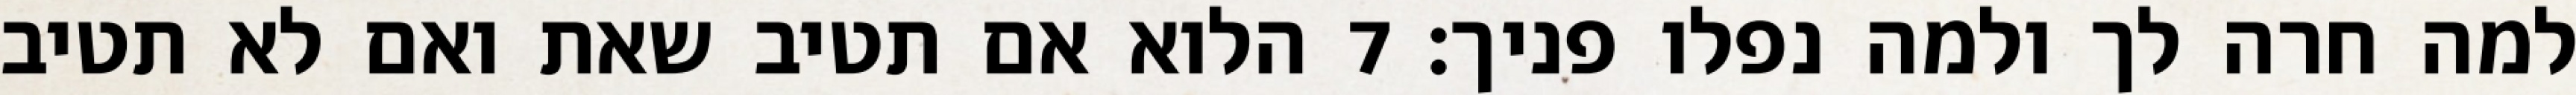
למה חרה לך ולמה נפלו פניך׃ ‎7‏ הלוא אם תטיב שאת ואם לא תטיב